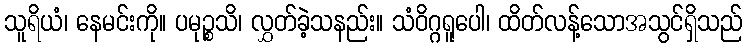
သူရိယံ၊ နေမင်းကို။ ပမုဉ္စသိ၊ လွှတ်ခဲ့သနည်း။ သံဝိဂ္ဂရူပေါ၊ ထိတ်လန့်သောအသွင်ရှိသည်